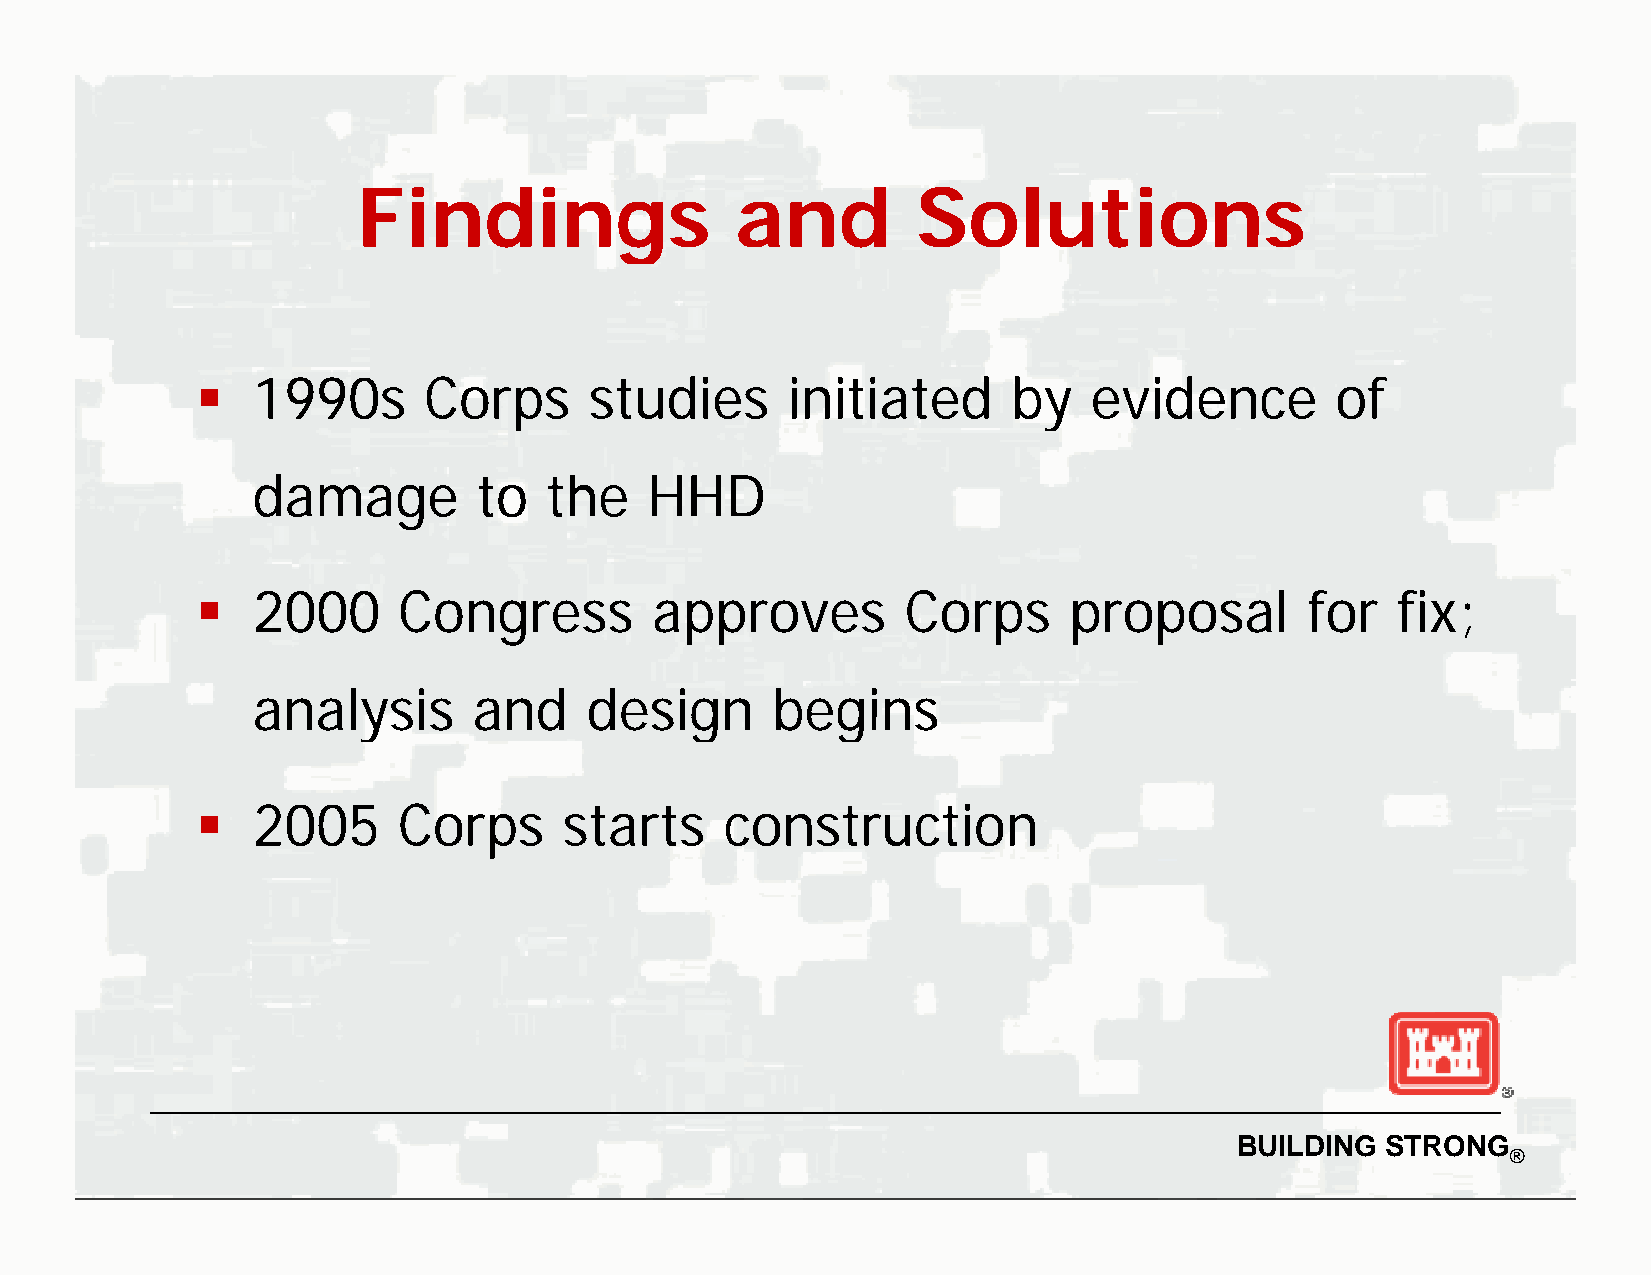
FFFFiiiinnnnddddiiiinnnnggggssss aaaannnndddd SSSSoooolllluuuuttttiiiioooonnnnssss
   11999900ss CCoorrppss ssttuuddiieess iinniittiiaatteedd bbyy eevviiddeennccee ooff
 damage         to  the    HHD
    2000     Congress         approves         Corps      proposal       for   fix;
 aannaallyyssiiss aanndd ddeessiiggnn bbeeggiinnss
    2005     Corps      starts     construction
 BUILDING  STRONG
 ®